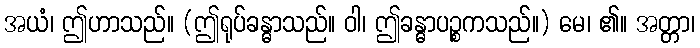
အယံ၊ ဤဟာသည်။ (ဤရုပ်ခန္ဓာသည်။ ဝါ၊ ဤခန္ဓာပဉ္စကသည်။) မေ၊ ၏။ အတ္တာ၊